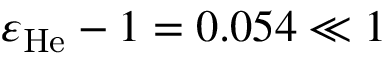
\varepsilon _ { \mathrm { H e } } - 1 = 0 . 0 5 4 \ll 1